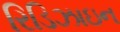
રિડિઝાઇન